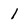
Character: 1